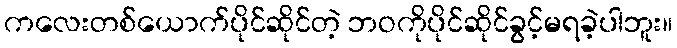
ကလေးတစ်ယောက်ပိုင်ဆိုင်တဲ့ ဘဝကိုပိုင်ဆိုင်ခွင့်မရခဲ့ပါဘူး။